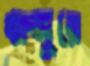
খাজুরে